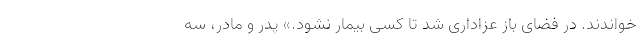
خواندند. در فضای باز عزاداری شد تا کسی بیمار نشود.» پدر و مادر، سه